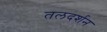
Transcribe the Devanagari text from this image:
तलदर्शन